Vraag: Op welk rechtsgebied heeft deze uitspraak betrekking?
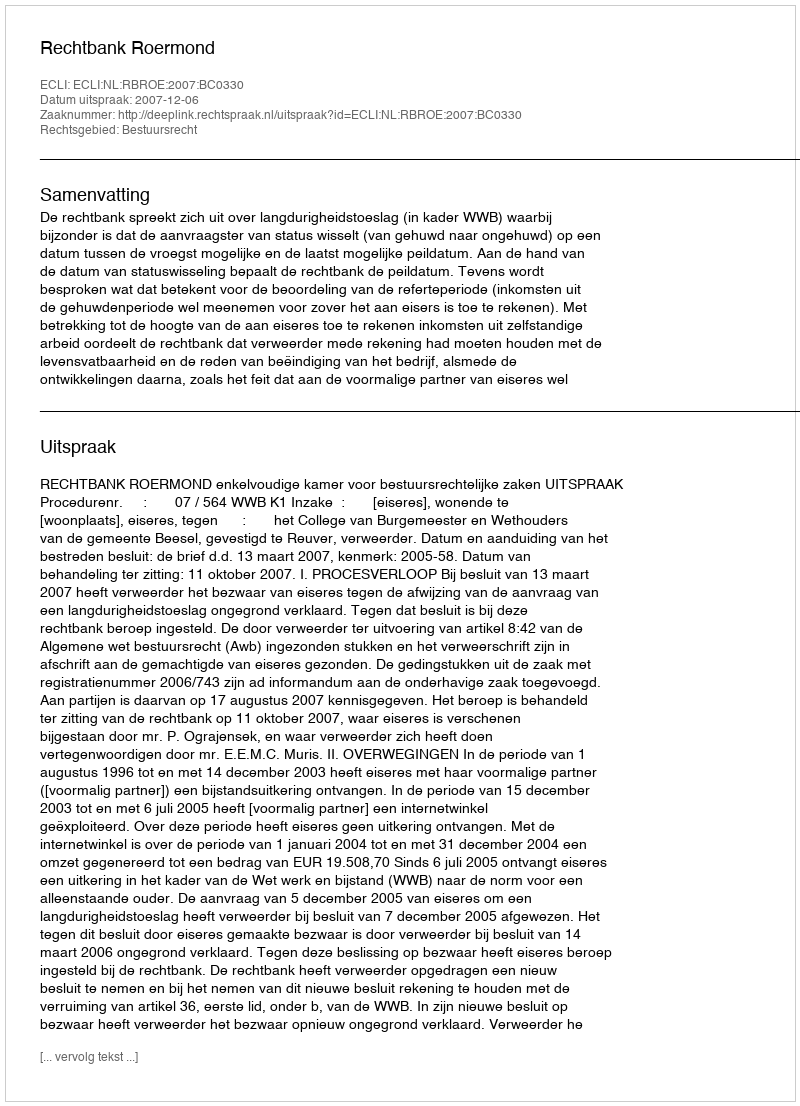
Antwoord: Bestuursrecht